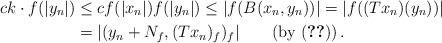
LaTeX: \begin{align*}ck\cdot f(|y_n|)&\leq cf(|x_n|)f(|y_n|)\leq |f(B(x_n,y_n))|=|f((Tx_n)(y_n))|\\&=|(y_n+N_f,(Tx_n)_f)_f|\qquad(\mbox{by~} \eqref{Pas1})\,. \end{align*}